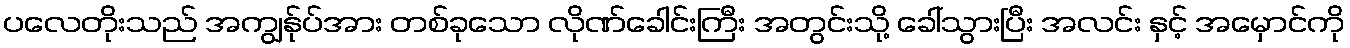
ပလေတိုးသည် အကျွန်ုပ်အား တစ်ခုသော လိုဏ်ခေါင်းကြီး အတွင်းသို့ ခေါ်သွားပြီး အလင်း နှင့် အမှောင်ကို